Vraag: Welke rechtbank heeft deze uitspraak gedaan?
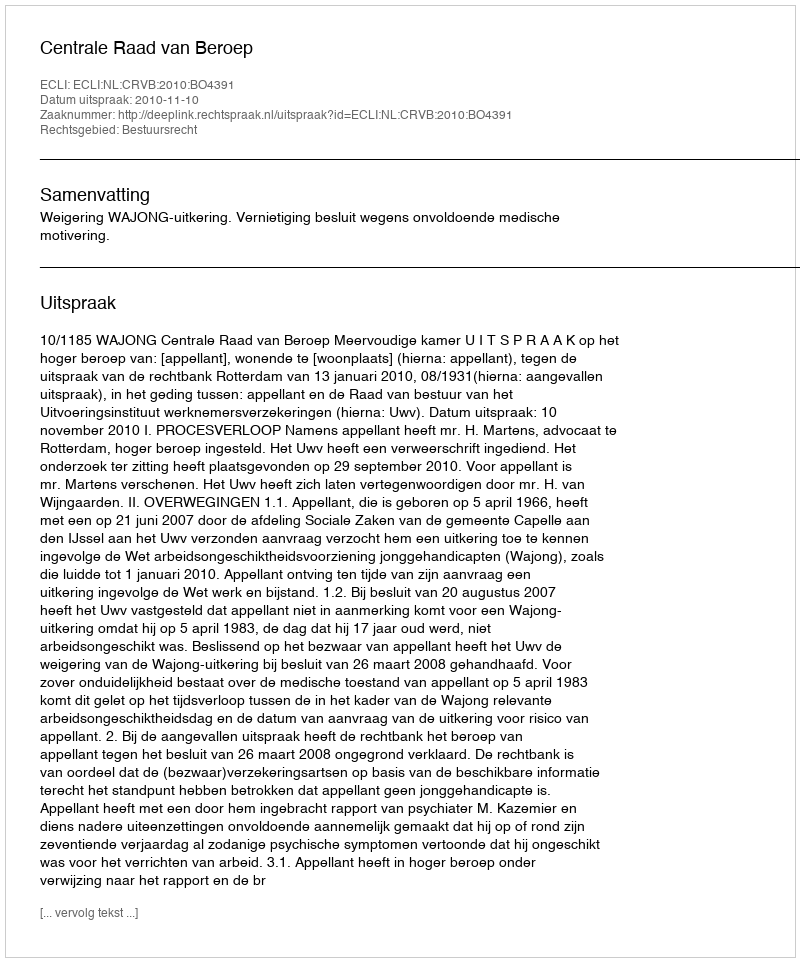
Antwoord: Centrale Raad van Beroep